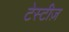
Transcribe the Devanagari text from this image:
टेस्टीज़